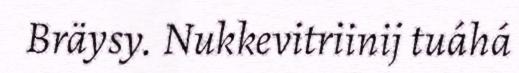
Bräysy. Nukkevitriinij tuáhá